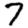
Digit: 7